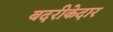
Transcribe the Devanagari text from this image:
बदरीकेदार